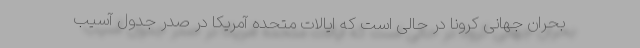
بحران جهانی کرونا در حالی است که ایالات متحده آمریکا در صدر جدول آسیب